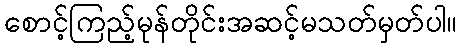
စောင့်ကြည့်မုန်တိုင်းအဆင့်မသတ်မှတ်ပါ။